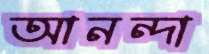
আনন্দা